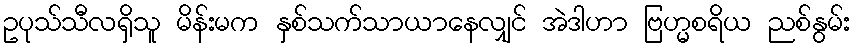
ဥပုသ်သီလရှိသူ မိန်းမက နှစ်သက်သာယာနေလျှင် အဲဒါဟာ ဗြဟ္မစရိယ ညစ်နွမ်း